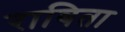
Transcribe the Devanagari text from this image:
राबिता